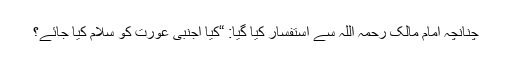
چنانچہ امام مالک رحمہ اللہ سے استفسار کیا گیا: “کیا اجنبی عورت کو سلام کیا جائے؟